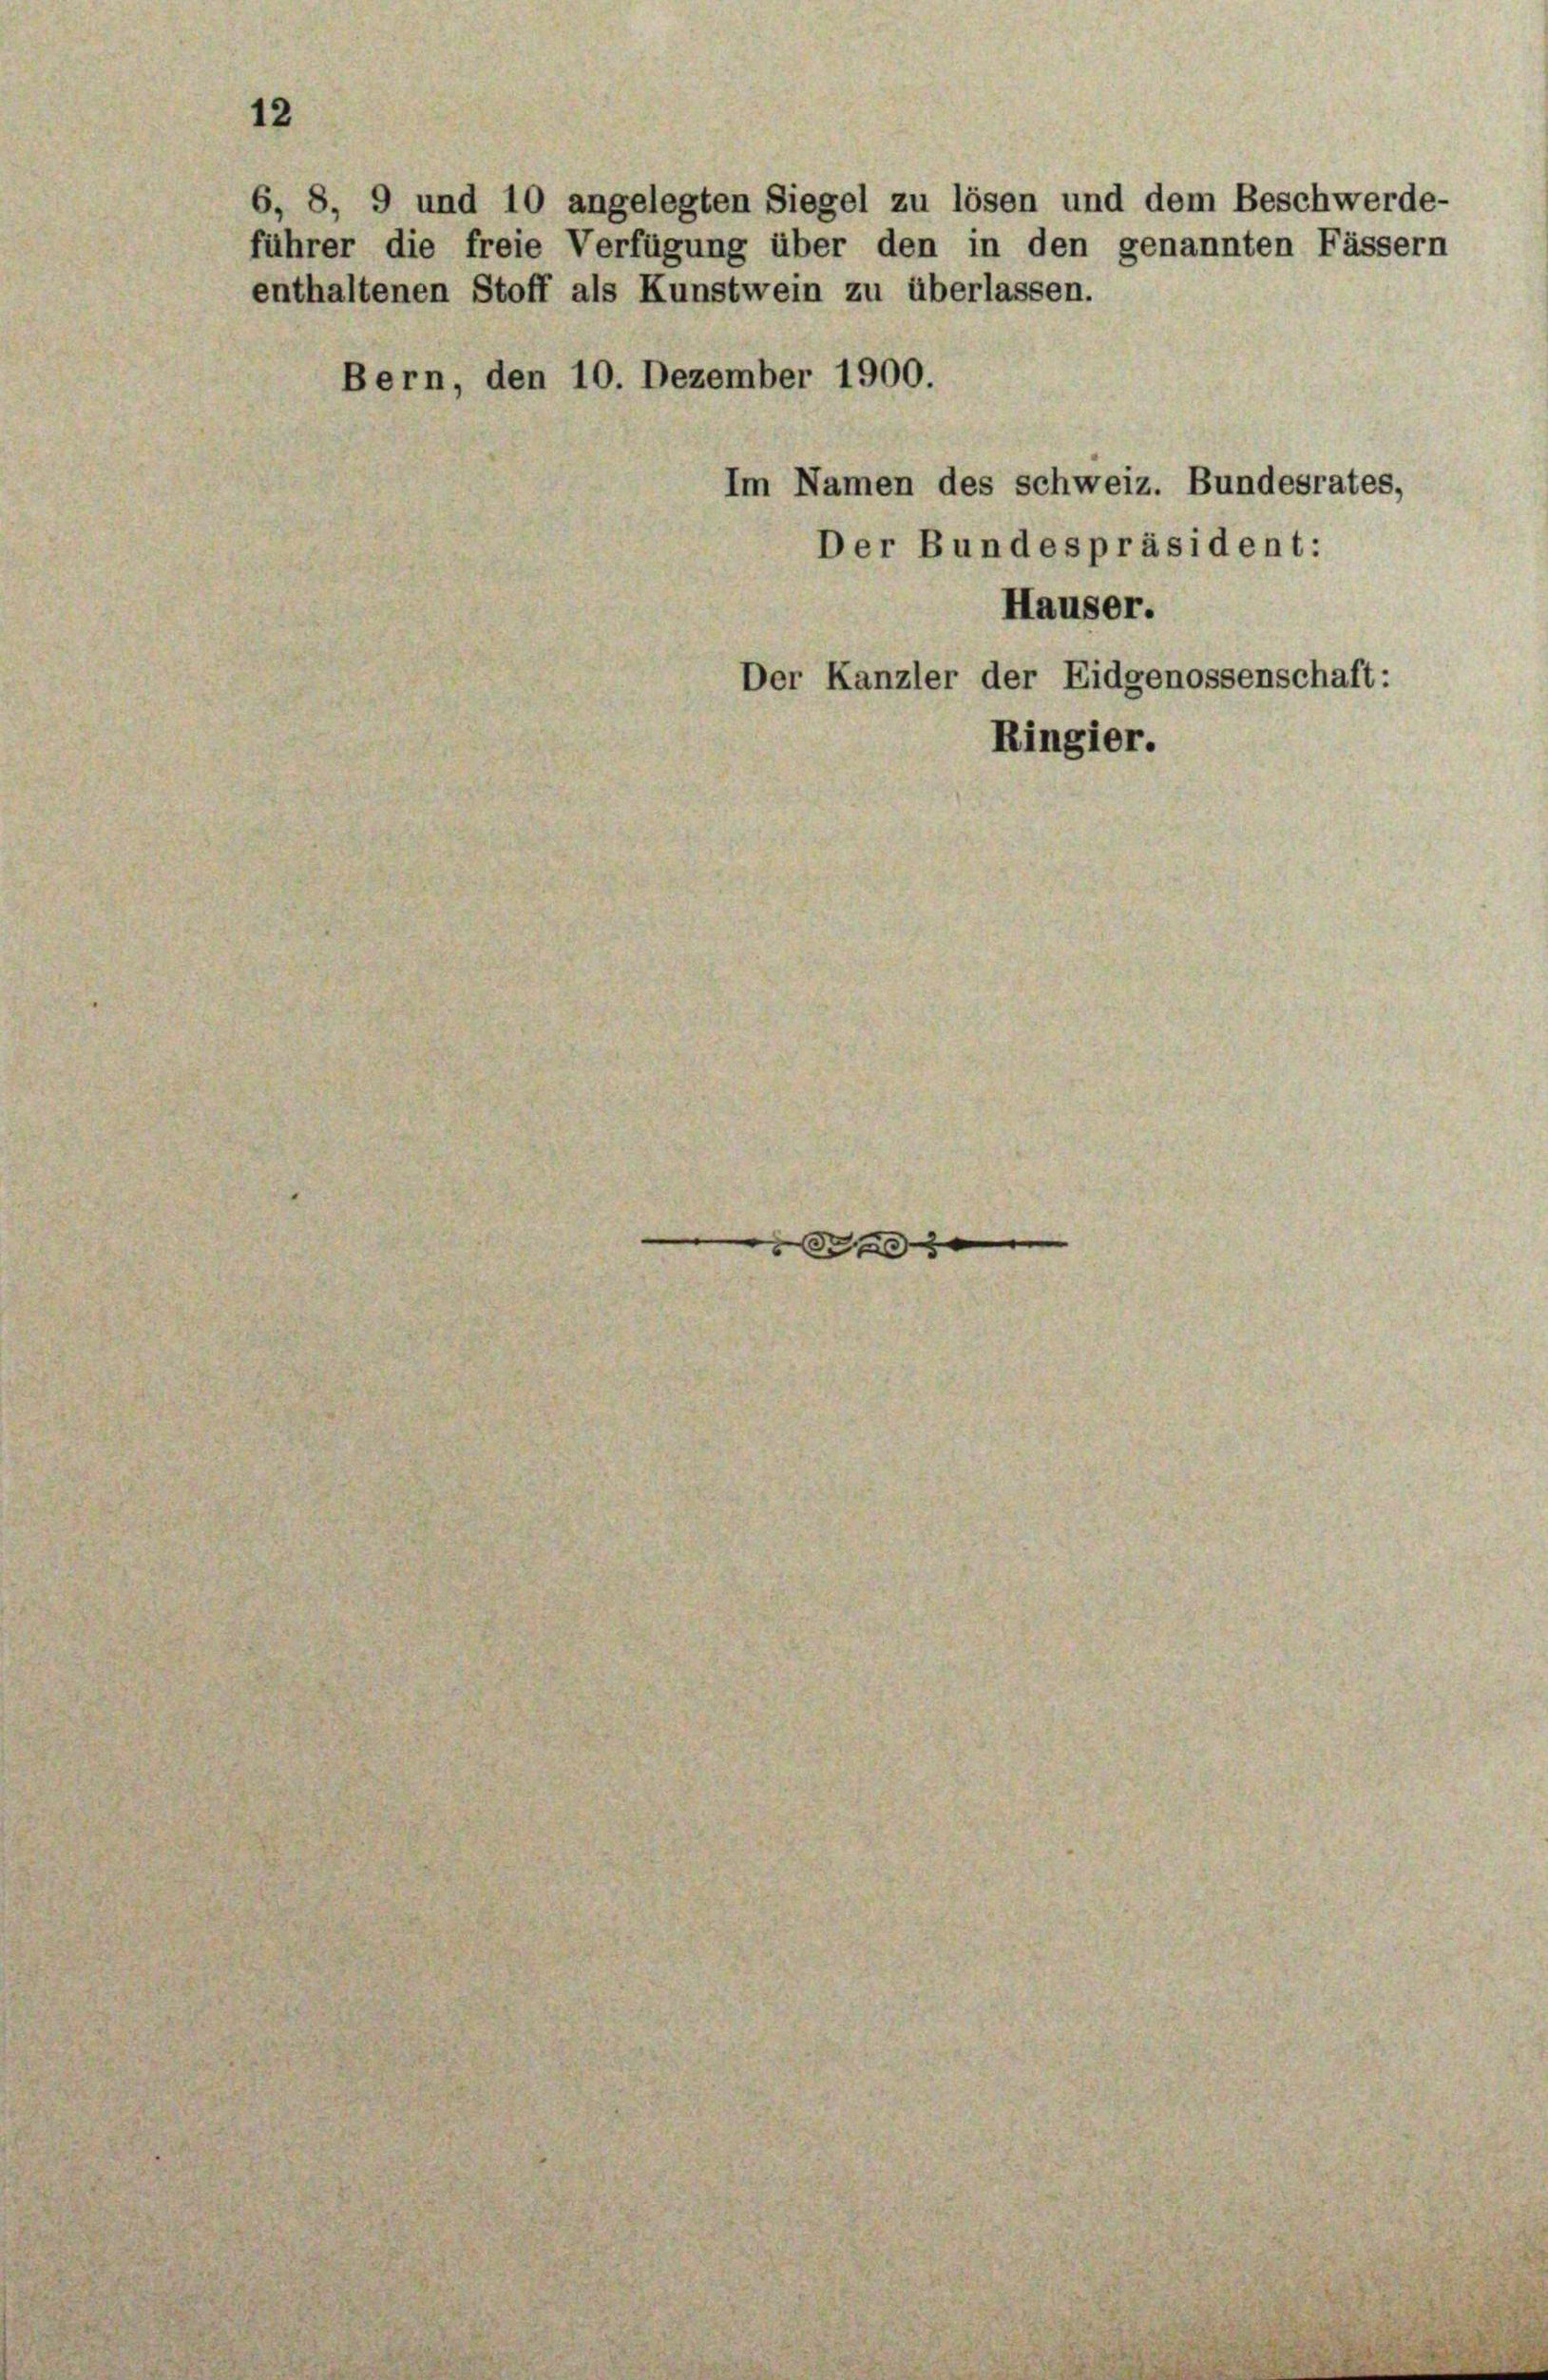
12

führer die freie Verfügung über den in den genannten Fässern
enthaltenen Stoff als Kunstwein zu überlassen.
Bern, den 10. Dezember 1900.

S

6, 8, 9 und 10 angelegten Siegel zu lösen und dem Beschwerde-

Im Namen des Schweiz. Bundesrates,
Der Bundespräsident:
Hauser.
Der Kanzler der Eidgenossenschaft:

Ringier.